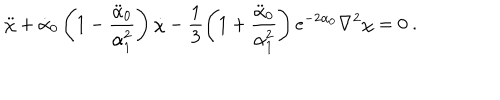
\ddot { \chi } + \dot { \alpha } _ { 0 } \left( 1 - \frac { \ddot { \alpha } _ { 0 } } { \alpha _ { 1 } ^ { 2 } } \right) \dot { \chi } - \frac { 1 } { 3 } \left( 1 + \frac { \ddot { \alpha } _ { 0 } } { \alpha _ { 1 } ^ { 2 } } \right) e ^ { - 2 \alpha _ { 0 } } \nabla ^ { 2 } \chi = 0 \ .